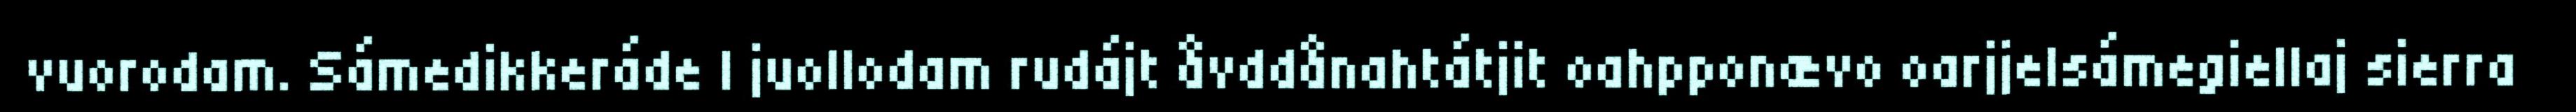
vuorodam. Sámedikkeráde l juollodam rudájt åvddånahtátjit oahpponævo oarjjelsámegiellaj sierra